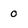
Character: O